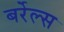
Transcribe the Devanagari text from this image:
बर्रेल्स